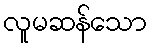
လူမဆန်သော